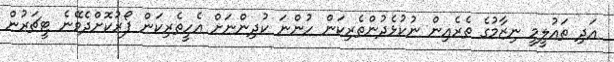
އަދި ތައުލީމީ ނިޒާމުގެ ތެރެއިން ނުކުޅެދުންތެރިކަން ހުންނަ ކުދިންނަށް އެހީތެރިކަން ފޯރުކޮށްދެވޭނެ ޓީޗަރުން